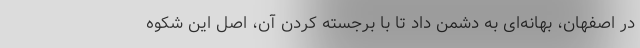
در اصفهان، بهانه‌ای به دشمن داد تا با برجسته کردن آن، اصل این شکوه